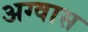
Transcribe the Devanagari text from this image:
अग्वास